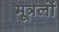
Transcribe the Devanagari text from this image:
मूत्रलों